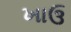
ખાઉ